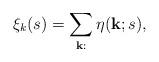
LaTeX: \begin{align*} \xi_k(s)=\sum_{{\bf k}:} \eta({\bf k};s),\end{align*}